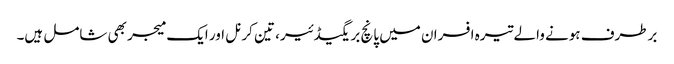
برطرف ہونے والے تیرہ افسران میں پانچ بریگیڈئیر، تین کرنل اور ایک میجر بھی شامل ہیں۔